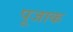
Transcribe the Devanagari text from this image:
पूजाक